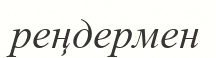
реңдермен